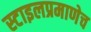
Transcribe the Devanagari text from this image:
स्टाइलप्रमाणेच